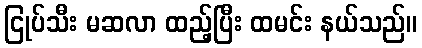
ငြုပ်သီး မဆလာ ထည့်ပြီး ထမင်း နယ်သည်။